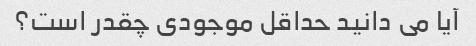
آیا می دانید حداقل موجودی چقدر است؟